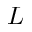
L